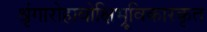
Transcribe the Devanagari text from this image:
श्रृंगारोहावोक्षिभ्रूविकारकृत